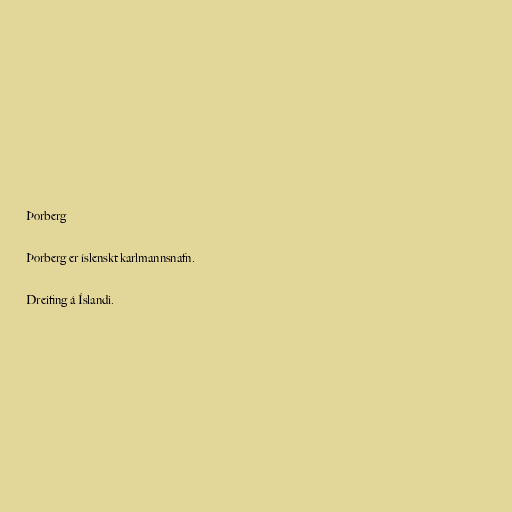
Þorberg

Þorberg er íslenskt karlmannsnafn.

Dreifing á Íslandi.